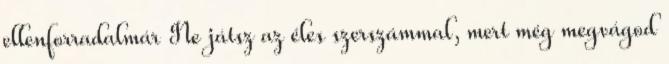
ellenforradalmár Ne játsz az éles szerszámmal, mert még megvágod